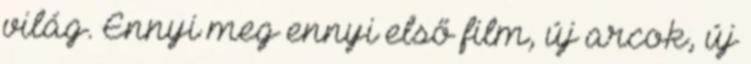
világ. Ennyi meg ennyi első film, új arcok, új